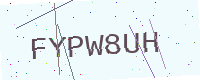
Text: FYPW8UH